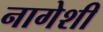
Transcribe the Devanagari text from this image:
नागेशी